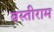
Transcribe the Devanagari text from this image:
बस्तीराम